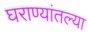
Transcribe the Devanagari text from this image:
घराण्यांतल्या